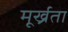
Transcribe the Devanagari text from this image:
मूर्ख्रता